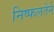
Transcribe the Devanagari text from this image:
निष्फलतेने